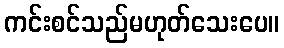
ကင်းစင်သည်မဟုတ်သေးပေ။